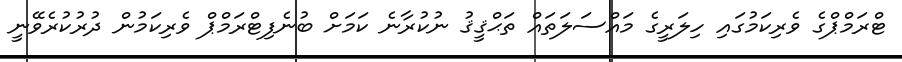
ޓްރަމްޕްގެ ވެރިކަމުގައި ހިލަރީގެ މައްސަލަތައް ތަޙްޤީޤު ނުކުރާނެ ކަމަށް ބުނެފިޓްރަމްޕް ވެރިކަމުން ދުރުކުރެވޭނީ